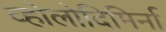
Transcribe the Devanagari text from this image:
व्होलोदिमिर्ना